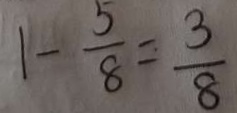
1 - \frac { 5 } { 8 } = \frac { 3 } { 8 }